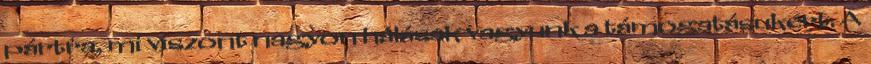
pártra, mi viszont nagyon hálásak vagyunk a támogatásukért. A